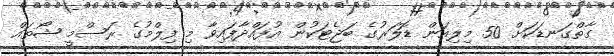
ގާތްގަނޑަކަށް 50 މިލިއަން ޑޮލަރުގެ ބަޖެޓަކުން އުފައްދާފައިވާ މި ފިލްމުގެ ރަސްމީ ޝޯތައް